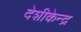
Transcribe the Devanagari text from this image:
देशीकेन्द्र